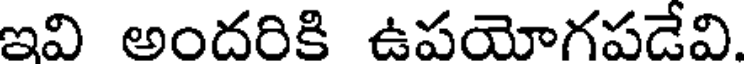
ఇవి అందరికి ఉపయోగపడేవి.